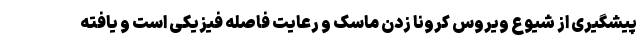
پیشگیری از شیوع ویروس کرونا زدن ماسک و رعایت فاصله فیزیکی است و یافته